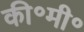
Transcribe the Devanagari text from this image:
की॰मी॰